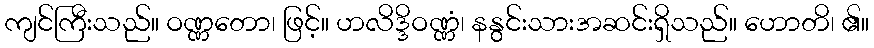
ကျင်ကြီးသည်။ ဝဏ္ဏတော၊ ဖြင့်။ ဟလိဒ္ဒိဝဏ္ဏံ၊ နနွင်းသားအဆင်းရှိသည်။ ဟောတိ၊ ၏။